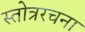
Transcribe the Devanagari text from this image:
स्तोत्ररचना